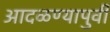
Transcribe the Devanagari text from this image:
आदळण्यापुर्वी